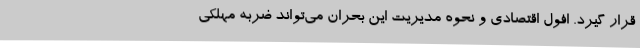
قرار گیرد. افول اقتصادی و نحوه مدیریت این بحران می‌تواند ضربه مهلکی